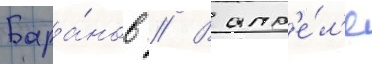
Бара́нов // В апр'е́л'е